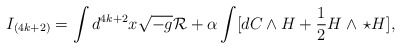
\begin{align*}I_{(4k+2)}=\int d^{4k+2}x\sqrt{-g}{\cal R}+\alpha\int[dC\wedge H+{1\over 2}H\wedge\,\star H],\end{align*}